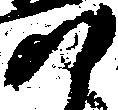
尉